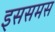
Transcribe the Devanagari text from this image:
इससमस